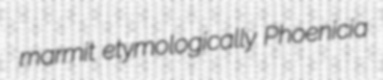
marmit etymologically Phoenicia